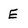
Character: E